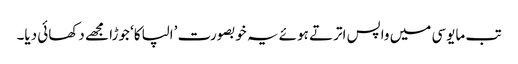
تب مایوسی میں واپس اترتے ہوئے یہ خوبصورت ’الپاکا‘ جوڑا مجھے دکھائی دیا۔